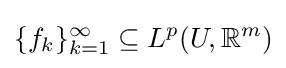
\{f_{k}\}_{k=1}^{\infty }\subseteq L^{p}(U,\mathbb {R} ^{m})